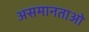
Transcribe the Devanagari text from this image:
असमानताओ